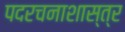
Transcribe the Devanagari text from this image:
पदरचनाशास्त्र